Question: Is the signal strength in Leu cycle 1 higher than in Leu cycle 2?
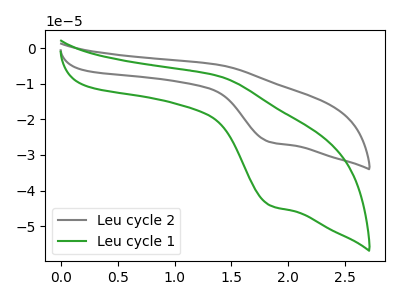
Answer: <think>The gray curve "Leu cycle 2" has an anodic peak at (1.40V, -4.65uA) and a cathodic peak at (1.85V, -26.40uA). The green curve "Leu cycle 1" has an anodic peak at (1.40V, -7.80uA) and a cathodic peak at (1.85V, -44.20uA).
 All the peaks in "Leu cycle 1" have a peak in "Leu cycle 2" at the same potential.</think>
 <answer>I cant tell if "Leu cycle 1" or "Leu cycle 2" has more signal.</answer>
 <eval>mixed_signal</eval>